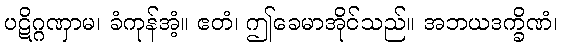
ပဋိဂ္ဂဏှာမ၊ ခံကုန်အံ့။ ဧတံ၊ ဤခေမာအိုင်သည်။ အဘယဒက္ခိဏံ၊